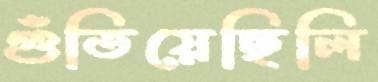
গুঁতিয়েছিলি